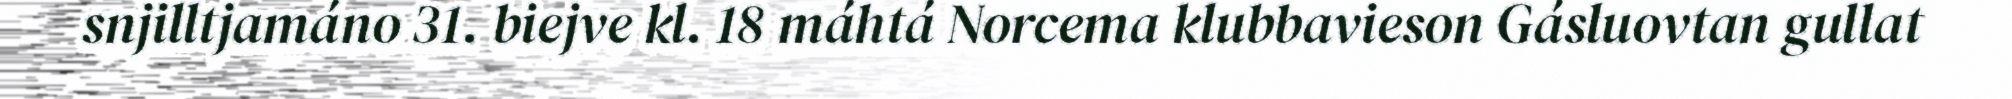
snjilltjamáno 31. biejve kl. 18 máhtá Norcema klubbavieson Gásluovtan gullat